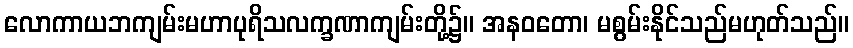
လောကာယဘကျမ်းမဟာပုရိသလက္ခဏာကျမ်းတို့၌။ အနဝတော၊ မစွမ်းနိုင်သည်မဟုတ်သည်။